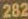
282